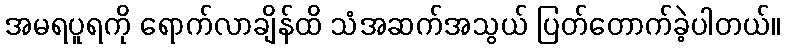
အမရပူရကို ရောက်လာချိန်ထိ သံအဆက်အသွယ် ပြတ်တောက်ခဲ့ပါတယ်။